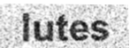
lutes